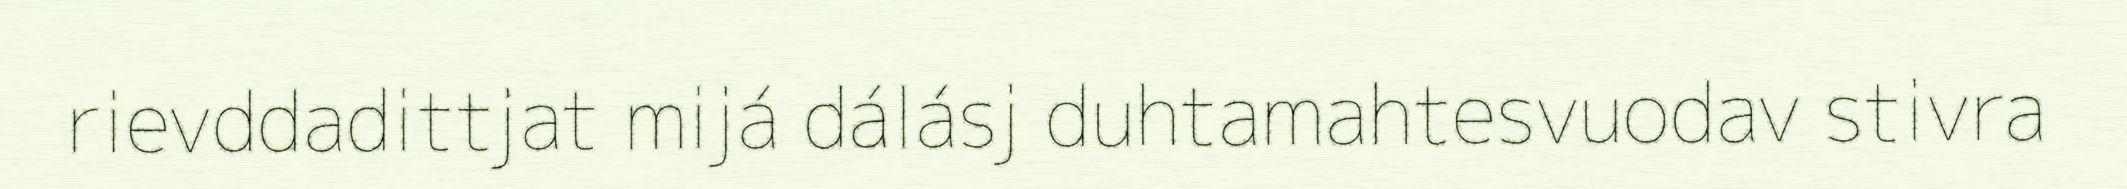
rievddadittjat mijá dálásj duhtamahtesvuodav stivra